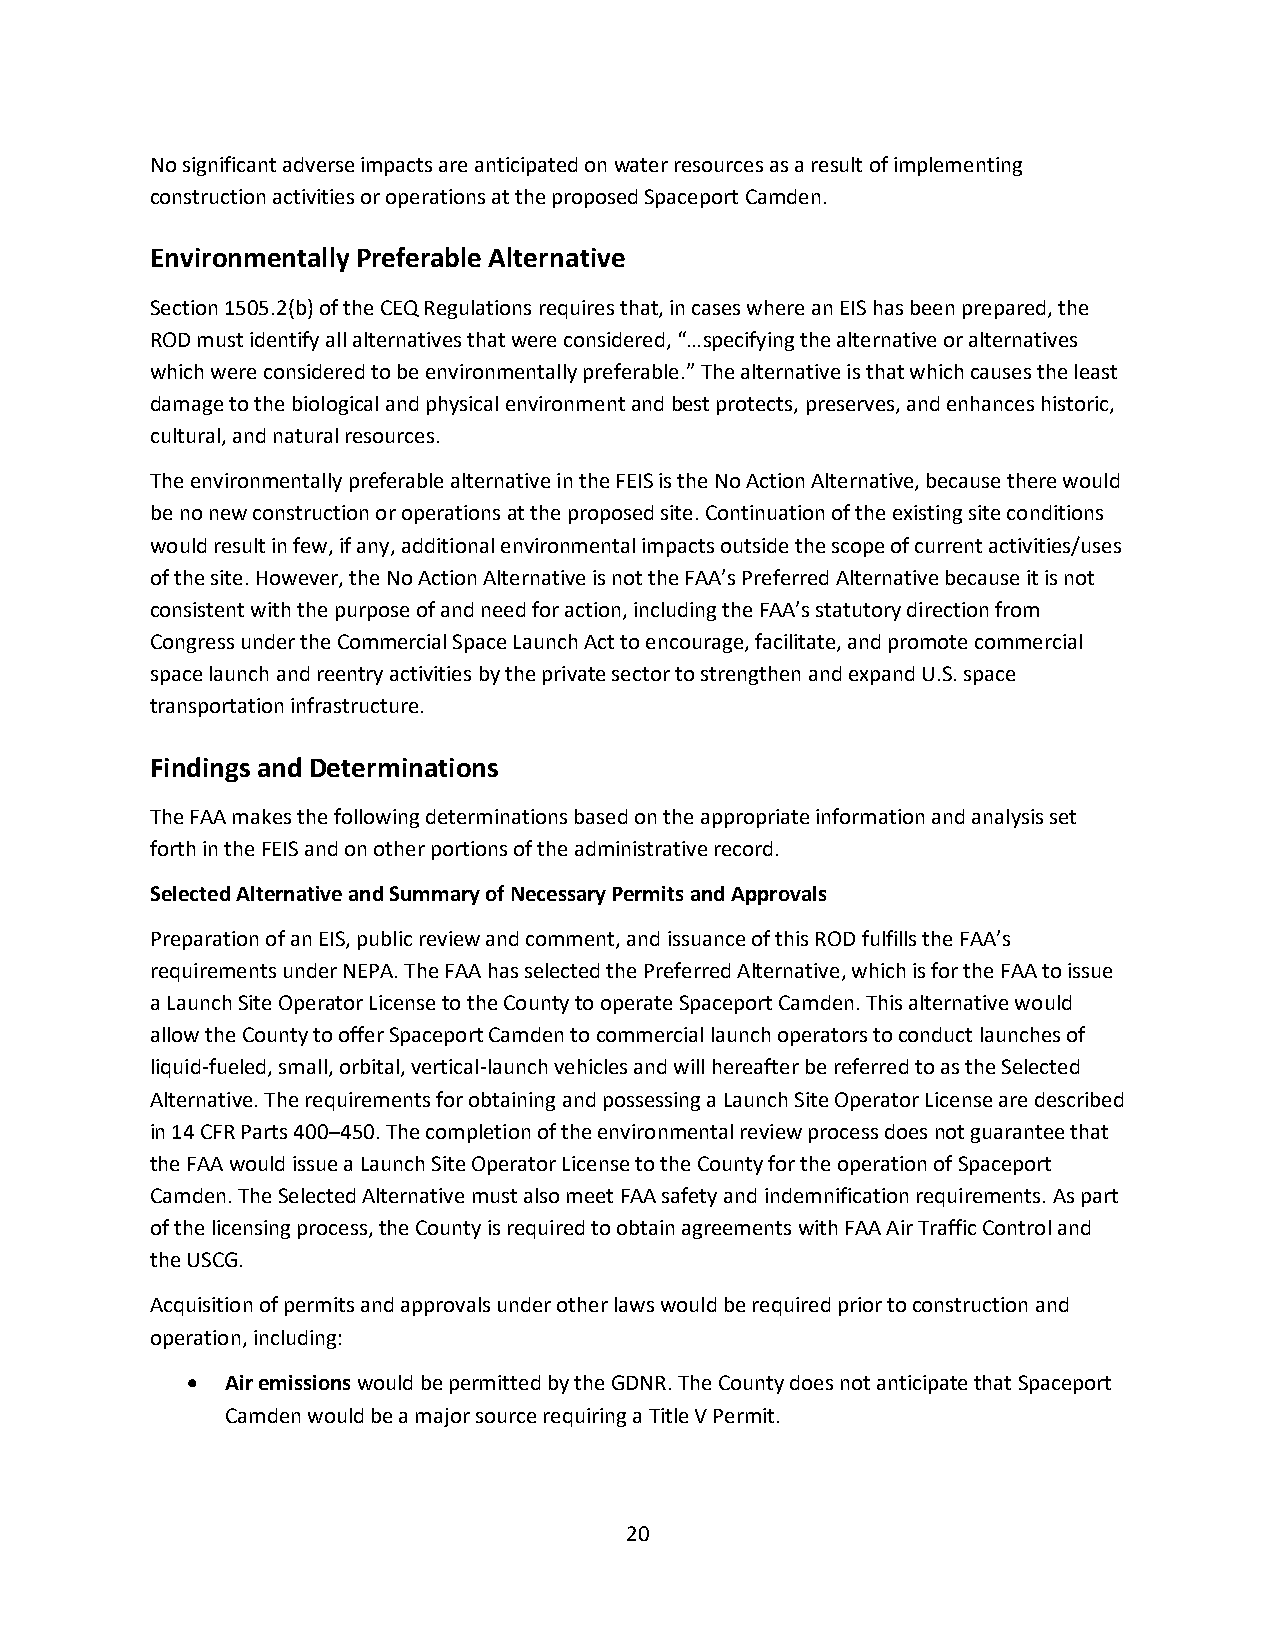
No significant adverse impacts are anticipated on water resources as a result of implementing
 construction activities or operations at the proposed Spaceport Camden.
 Environmentally Preferable Alternative
 Section 1505.2(b) of the CEQ Regulations requires that, in cases where an EIS has been prepared, the
 ROD must identify all alternatives that were considered, “…specifying the alternative or alternatives
 which were considered to be environmentally preferable.” The alternative is that which causes the least
 damage to the biological and physical environment and best protects, preserves, and enhances historic,
 cultural, and natural resources.
 The environmentally preferable alternative in the FEIS is the No Action Alternative, because there would
 be no new construction or operations at the proposed site. Continuation of the existing site conditions
 would result in few, if any, additional environmental impacts outside the scope of current activities/uses
 of the site. However, the No Action Alternative is not the FAA’s Preferred Alternative because it is not
 consistent with the purpose of and need for action, including the FAA’s statutory direction from
 Congress under the Commercial Space Launch Act to encourage, facilitate, and promote commercial
 space launch and reentry activities by the private sector to strengthen and expand U.S. space
 transportation infrastructure.
 Findings and Determinations
 The FAA makes the following determinations based on the appropriate information and analysis set
 forth in the FEIS and on other portions of the administrative record.
 Selected Alternative and Summary of Necessary Permits and Approvals
 Preparation of an EIS, public review and comment, and issuance of this ROD fulfills the FAA’s
 requirements under NEPA. The FAA has selected the Preferred Alternative, which is for the FAA to issue
 a Launch Site Operator License to the County to operate Spaceport Camden. This alternative would
 allow the County to offer Spaceport Camden to commercial launch operators to conduct launches of
 liquid-fueled, small, orbital, vertical-launch vehicles and will hereafter be referred to as the Selected
 Alternative. The requirements for obtaining and possessing a Launch Site Operator License are described
 in 14 CFR Parts 400–450. The completion of the environmental review process does not guarantee that
 the FAA would issue a Launch Site Operator License to the County for the operation of Spaceport
 Camden. The Selected Alternative must also meet FAA safety and indemnification requirements. As part
 of the licensing process, the County is required to obtain agreements with FAA Air Traffic Control and
 the USCG.
 Acquisition of permits and approvals under other laws would be required prior to construction and
 operation, including:
 •  Air emissions would be permitted by the GDNR. The County does not anticipate that Spaceport
 Camden would be a major source requiring a Title V Permit.
 20